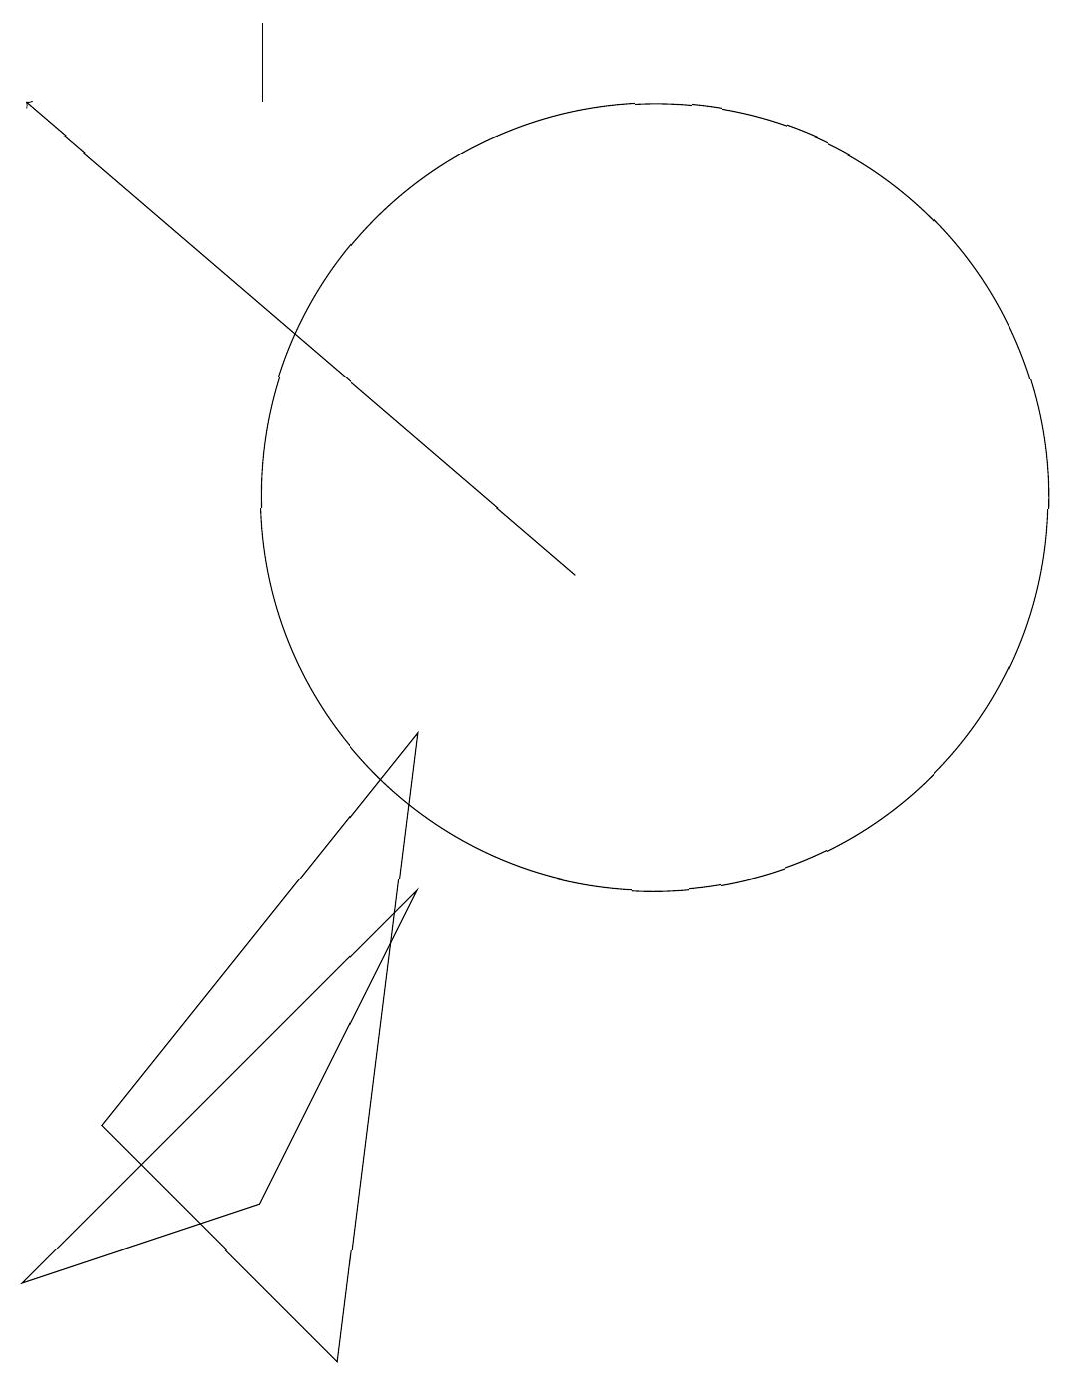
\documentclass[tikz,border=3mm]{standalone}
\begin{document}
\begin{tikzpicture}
\draw (10,12) circle (5);
\draw[->] (9,11) -- (2,17);
\draw (5,18) rectangle (5,17);
\draw (7,9) -- (3,4) -- (6,1) -- cycle;
\draw (7,7) -- (2,2) -- (5,3) -- cycle;
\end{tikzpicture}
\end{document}